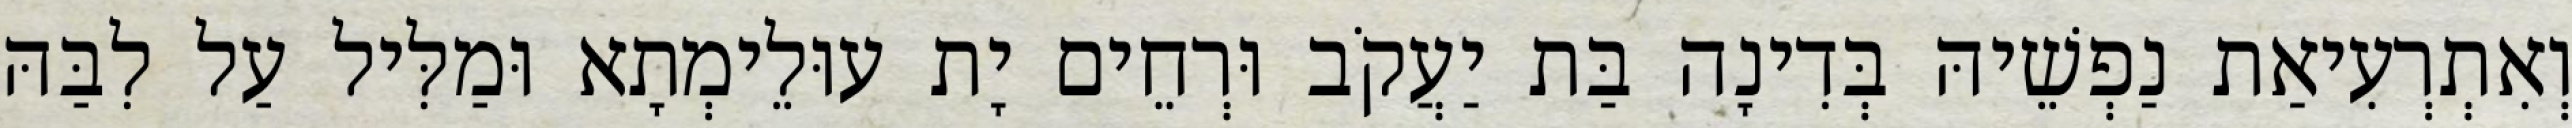
וְאִתְרְעִיאַת נַפְשֵׁיהּ בְּדִינָה בַּת יַעֲקֹב וּרְחֵים יָת עוּלֵימְתָא וּמַלִּיל עַל לִבַּהּ